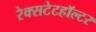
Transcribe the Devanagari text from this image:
रेक्सटेटहॉल्टर